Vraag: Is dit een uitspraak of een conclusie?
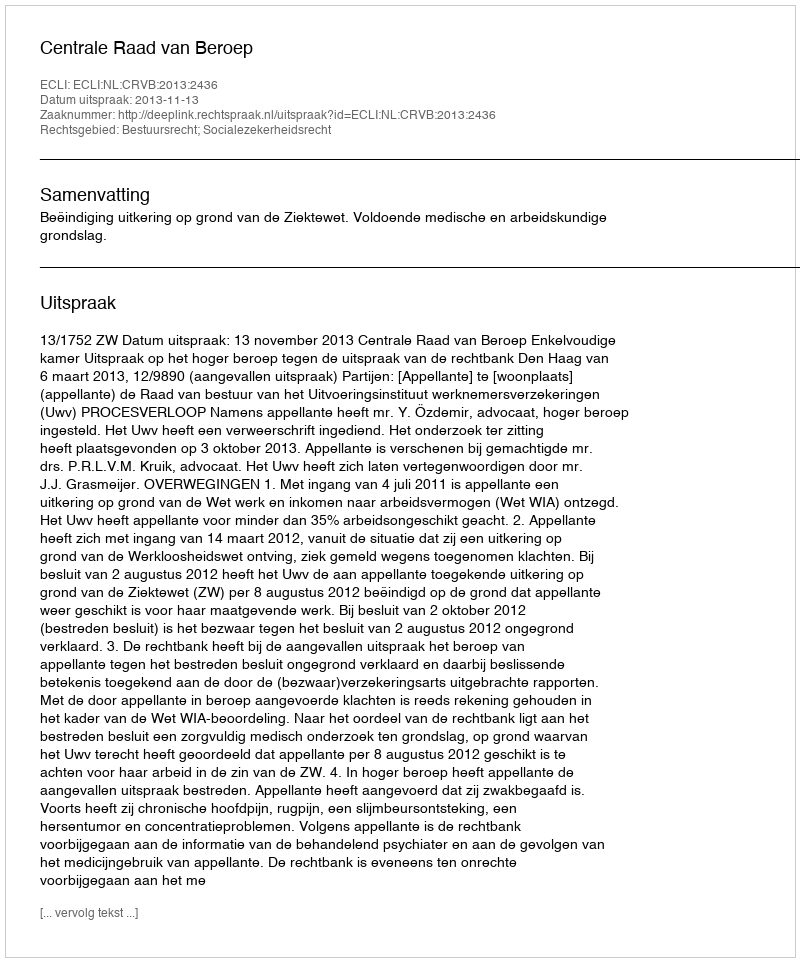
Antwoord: Uitspraak